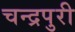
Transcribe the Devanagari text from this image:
चन्द्रपुरी